Annual administration report of the Civil Veterinary Department of India - 1897-1898
Year: 1897
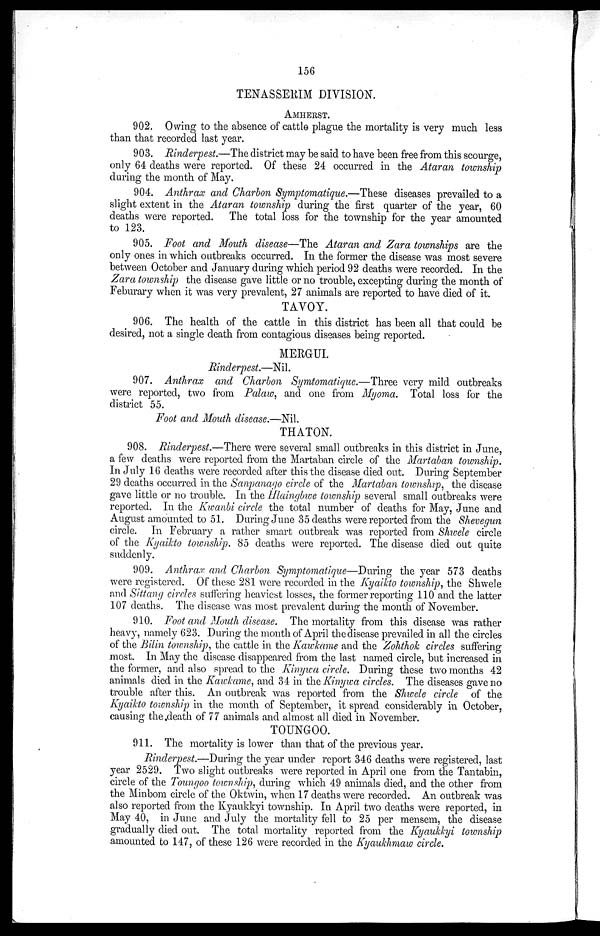
156
TENASSEKIM DIVISION.
AMHERST
902. Owing to the absence of cattle plague the mortality is very much less
than that recorded last year.
903. Rinderpest.—The district may be said to have been free from this scourge,
only 64 deaths were reported. Of these 24 occurred in the Ataran township
during the month of May.
904. Anthrax and Charbon Symptomatique.—These diseases prevailed to a
slight extent in the Ataran township during the first quarter of the year, 60
deaths were reported. The total loss for the township for the year amounted
to 123.
905. Foot and Mouth disease—The Ataran and Zara townships are the
only ones in which outbreaks occurred. In the former the disease was most severe
between October and January during which period 92 deaths were recorded. In the
Zara township the disease gave little or no trouble, excepting during the month of
Feburary when it was very prevalent, 27 animals are reported to have died of it.
TAVOY.
906. The health of the cattle in this district has been all that could be
desired, not a single death from contagious diseases being reported.
MERGUI.
Rinderpest.—Nil.
907. Anthrax and Charbon Symtomatique.—Three very mild outbreaks
were reported, two from Palaw, and one from Myoma. Total loss for the
district 55.
Foot and Mouth disease.—Nil.
THATON.
908. Rinderpest.—There were several small outbreaks in this district in June,
a few deaths were reported from the Martaban circle of the Martaban township.
In July 16 deaths were recorded after this the disease died out. During September
29 deaths occurred in the Sanpanago circle of the Martaban township, the disease
gave little or no trouble. In the Hlaingbwe township several small outbreaks were
reported. In the Kwanbi circle the total number of deaths for May, June and
August amounted to 51. During June 35 deaths were reported from the Shevegun
circle. In February a rather smart outbreak was reported from Shwele circle
of the Kyaikto township. 85 deaths were reported. The disease died out quite
suddenly.
909. Anthrax and Charbon Symptomatique—During the year 573 deaths
were registered. Of these 281 were recorded in the Kyaikto township, the Shwele
and Sittang circles suffering heaviest losses, the former reporting 110 and the latter
107 deaths. The disease was most prevalent during the month of November.
910. Foot and Mouth disease. The mortality from this disease was rather
heavy, namely 623. During the month of April the disease prevailed in all the circles
of the Bilin township, the cattle in the Kawkame and the Zohthok circles suffering
most. In May the disease disappeared from the last named circle, but increased in
the former, and also spread to the Kinywa circle. During these two months 42
animals died in the Kawkame, and 34 in the Kinywa circles. The diseases gave no
trouble after this. An outbreak was reported from the Shwele circle of the
Kyaikto township in the month of September, it spread considerably in October,
causing the death of 77 animals and almost all died in November.
TOUNGOO.
911. The mortality is lower than that of the previous year.
Rinderpest.—During the year under report 346 deaths were registered, last
year 2529. Two slight outbreaks were reported in April one from the Tantabin,
circle of the Toungoo township, during which 49 animals died, and the other from
the Minbom circle of the Oktwin, when 17 deaths were recorded. An outbreak was
also reported from the Kyaukkyi township. In April two deaths were reported, in
May 40, in June and July the mortality fell to 25 per mensem, the disease
gradually died out. The total mortality reported from the Kyaukkyi township
amounted to 147, of these 126 were recorded in the Kyaukhmaw circle.